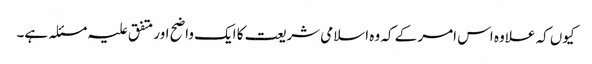
کیوں کہ علاوہ اس امر کے کہ وہ اسلامی شریعت کا ایک واضح اور متفق علیہ مسئلہ ہے۔